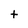
Character: t